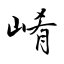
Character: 崤